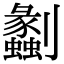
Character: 劙